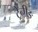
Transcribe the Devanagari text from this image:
ट्रेनीङ